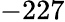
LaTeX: -227